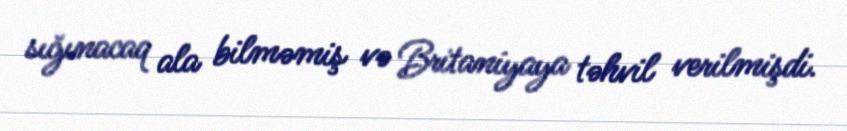
sığınacaq ala bilməmiş və Britaniyaya təhvil verilmişdi.